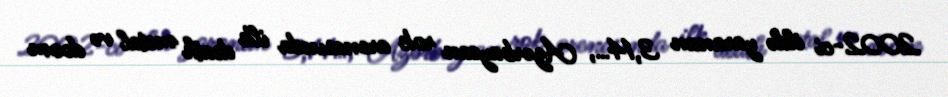
2002-ci ildə yaranan 3,14…, Azərbaycan rok arenasında ilk death metal və doom